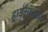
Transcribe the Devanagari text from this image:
हाईमास्क